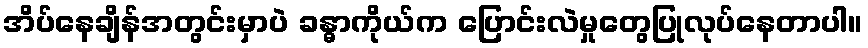
အိပ်နေချိန်အတွင်းမှာပဲ ခန္ဓာကိုယ်က ပြောင်းလဲမှုတွေပြုလုပ်နေတာပါ။